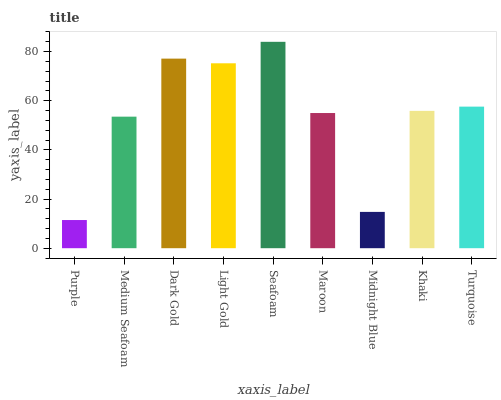
| xaxis_label | bars |
 | --- | --- |
 | Purple | 11.5 |
 | Medium Seafoam | 53.5 |
 | Dark Gold | 77.1 |
 | Light Gold | 75.2 |
 | Seafoam | 84 |
 | Maroon | 55 |
 | Midnight Blue | 14.8 |
 | Khaki | 55.9 |
 | Turquoise | 57.6 |